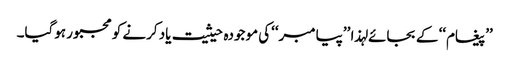
’’پیغام‘‘ کے بجائے لہذا ’’پیامبر‘‘کی موجودہ حیثیت یاد کرنے کو مجبور ہوگیا۔